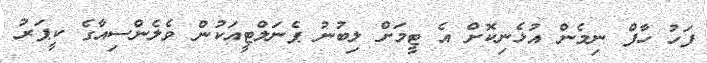
ފަހު ހާފް ނިމެން އުޅެނިކޮށް އެ ޓީމަށް ލިބުނު ޕެނަލްޓީއަކުން ވެލެންސިއާގެ ކީޕަރު